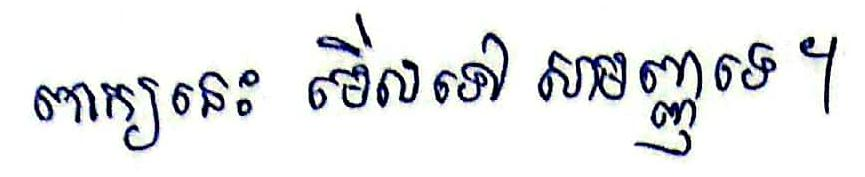
ពាក្យនេះ មើលទៅ សាមញ្ញទេ។